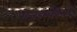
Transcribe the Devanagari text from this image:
रोजडंस्कीना